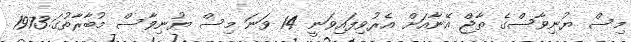
މިސް ޔުނިވާސްގެ ތާޖް އޭނާއަށް އެރުވިފައިވަނީ 14 ވަނަ މިސް ޔުނިވާސް މުބާރާތުގަ.1973